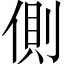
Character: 側